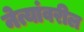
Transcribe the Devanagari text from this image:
नेत्यांवरील